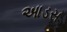
આડસ